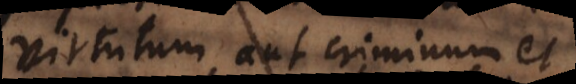
virtutum, aut criminum et